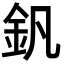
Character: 釩